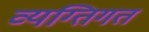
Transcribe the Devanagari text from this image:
व्यग्तिगत